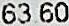
63.60